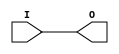
`timescale 1ms/100ns
module CTRLdelay(input I,output O);
	parameter delaytime=5;
	assign #delaytime O=I;
endmodule